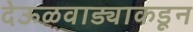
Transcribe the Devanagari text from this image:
देऊळवाड्याकडून